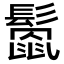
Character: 𩮻